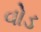
વોડ